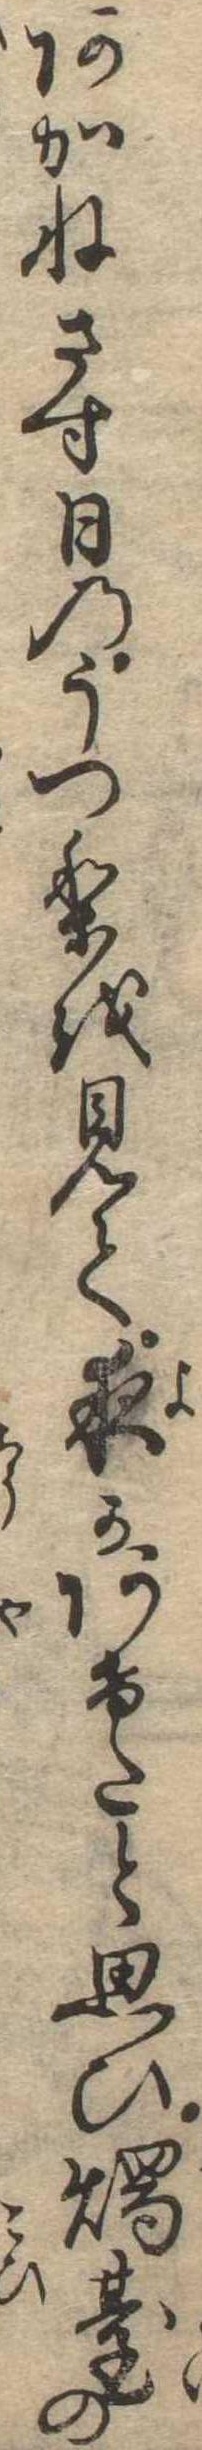
あかねさす日のうつりを見て夜かあけたと思ひ燭台の